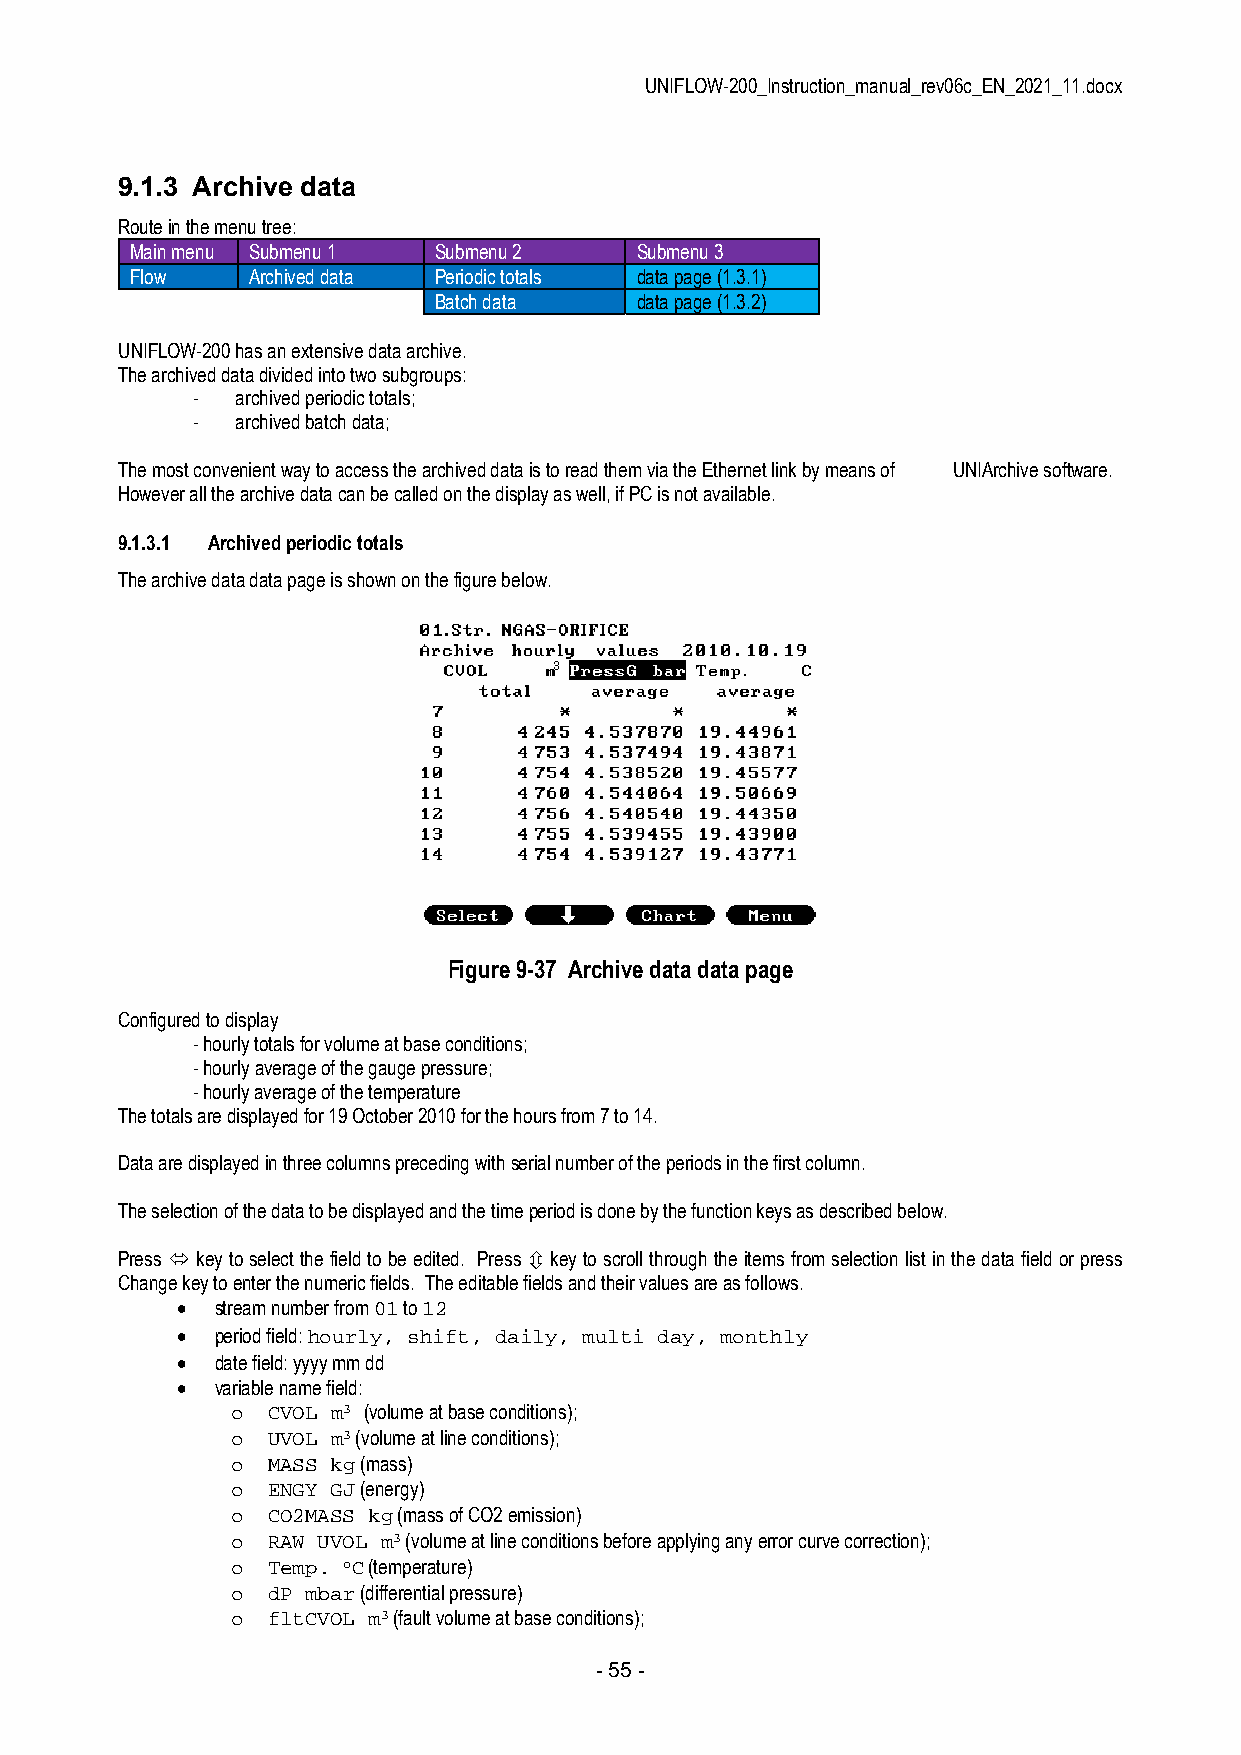
UNIFLOW-200_Instruction_manual_rev06c_EN_2021_11.docx
 9.1.3 Archive data
 Route in the menu tree:
 Main menu Submenu 1 Submenu 2    Submenu 3
 Flow   Archived data Periodic totals data page (1.3.1)
 Batch data   data page (1.3.2)
 UNIFLOW-200 has an extensive data archive.
 The archived data divided into two subgroups:
 -  archived periodic totals;
 -  archived batch data;
 The most convenient way to access the archived data is to read them via the Ethernet link by means of UNIArchive software.
 However all the archive data can be called on the display as well, if PC is not available.
 9.1.3.1 Archived periodic totals
 The archive data data page is shown on the figure below.
 Figure 9-37 Archive data data page
 Configured to display
 - hourly totals for volume at base conditions;
 - hourly average of the gauge pressure;
 - hourly average of the temperature
 The totals are displayed for 19 October 2010 for the hours from 7 to 14.
 Data are displayed in three columns preceding with serial number of the periods in the first column.
 The selection of the data to be displayed and the time period is done by the function keys as described below.
 Press  key to select the field to be edited. Press  key to scroll through the items from selection list in the data field or press
 Change key to enter the numeric fields. The editable fields and their values are as follows.
  stream number from 01 to 12
  period field: hourly, shift, daily, multi day, monthly
  date field: yyyy mm dd
  variable name field:
 o  CVOL m3 (volume at base conditions);
 o  UVOL m3 (volume at line conditions);
 o  MASS kg (mass)
 o  ENGY GJ (energy)
 o  CO2MASS kg (mass of CO2 emission)
 o  RAW UVOL m3 (volume at line conditions before applying any error curve correction);
 o  Temp. oC (temperature)
 o  dP mbar (differential pressure)
 o  fltCVOL m3 (fault volume at base conditions);
 - 55 -